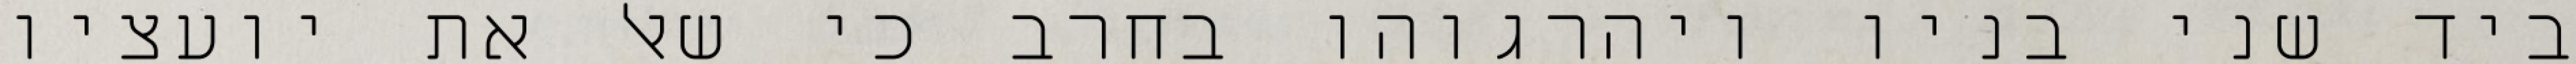
ביד שני בניו ויהרגוהו בחרב כי שאל את יועציו